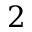
2